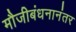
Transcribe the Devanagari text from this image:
मौजीबंधनानंतर